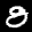
Label: 8